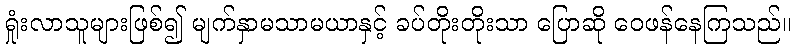
ရှုံးလာသူများဖြစ်၍ မျက်နှာမသာမယာနှင့် ခပ်တိုးတိုးသာ ပြောဆို ဝေဖန်နေကြသည်။